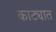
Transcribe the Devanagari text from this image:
काट्यात